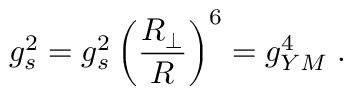
g _ { s } ^ { 2 } = g _ { s } ^ { 2 } \left( { \frac { { R } _ { \perp } } { R } } \right) ^ { 6 } = g _ { Y M } ^ { 4 } \ .